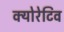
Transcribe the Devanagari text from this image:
क्योरेटिव